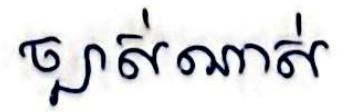
ច្បាស់ណាស់